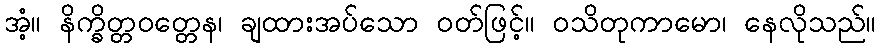
အံ့။ နိက္ခိတ္တဝတ္တေန၊ ချထားအပ်သော ဝတ်ဖြင့်။ ဝသိတုကာမော၊ နေလိုသည်။